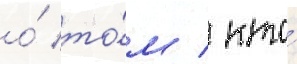
о́ то́м / кто́